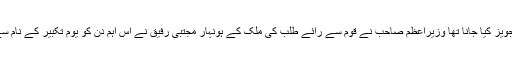
آج کے اِس اہم دن کو قومی دن قرار دیدیا گیا بڑا دن تھا بڑا نام تجویز کیا جانا تھا وزیراعظم صاحب نے قوم سے رائے طلب کی ملک کے ہونہار مجتبیٰ رفیق نے اِس اہم دن کو یوم تکبیر کے نام سے پکارے جانے کی تجویز پیش کی جسے وزیراعظم نے سراہا۔